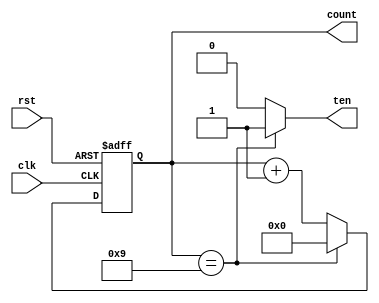
`timescale 1ns / 1ps
//////////////////////////////////////////////////////////////////////////////////
// Company: 
// Engineer: 
// 
// Design Name: 
// Module Name: q1_1008656
// Project Name: 
// Target Devices: 
// Tool Versions: 
// Description: 
// 
// Dependencies: 
// 
// Revision:
// Revision 0.01 - File Created
// Additional Comments:
// 
//////////////////////////////////////////////////////////////////////////////////
//!DO NOT EDIT MODULE NAME AND PORT NAME!
module decade_counter(
    input clk,
    input rst,
    output [3:0] count,
    output ten
);
//YOUR CODE HERE
reg [3:0] count_reg;
assign count = count_reg;
assign ten = (count_reg == 4'b1001) ? 1'b1 : 1'b0;

always @(posedge clk or posedge rst) begin
    if (rst) begin
        count_reg <= 4'b0000;
    end else begin
        if (count_reg == 4'b1001) begin
            count_reg <= 4'b0000;
        end else begin
            count_reg <= count_reg + 1;
        end
    end
end  

endmodule